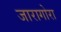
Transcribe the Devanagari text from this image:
जारागोरा